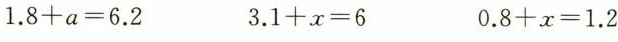
$$1.8 + a = 6.2$$ $$3.1 + x = 6$$ $$0.8 + x = 1.2$$